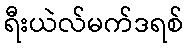
ရီးယဲလ်မက်ဒရစ်